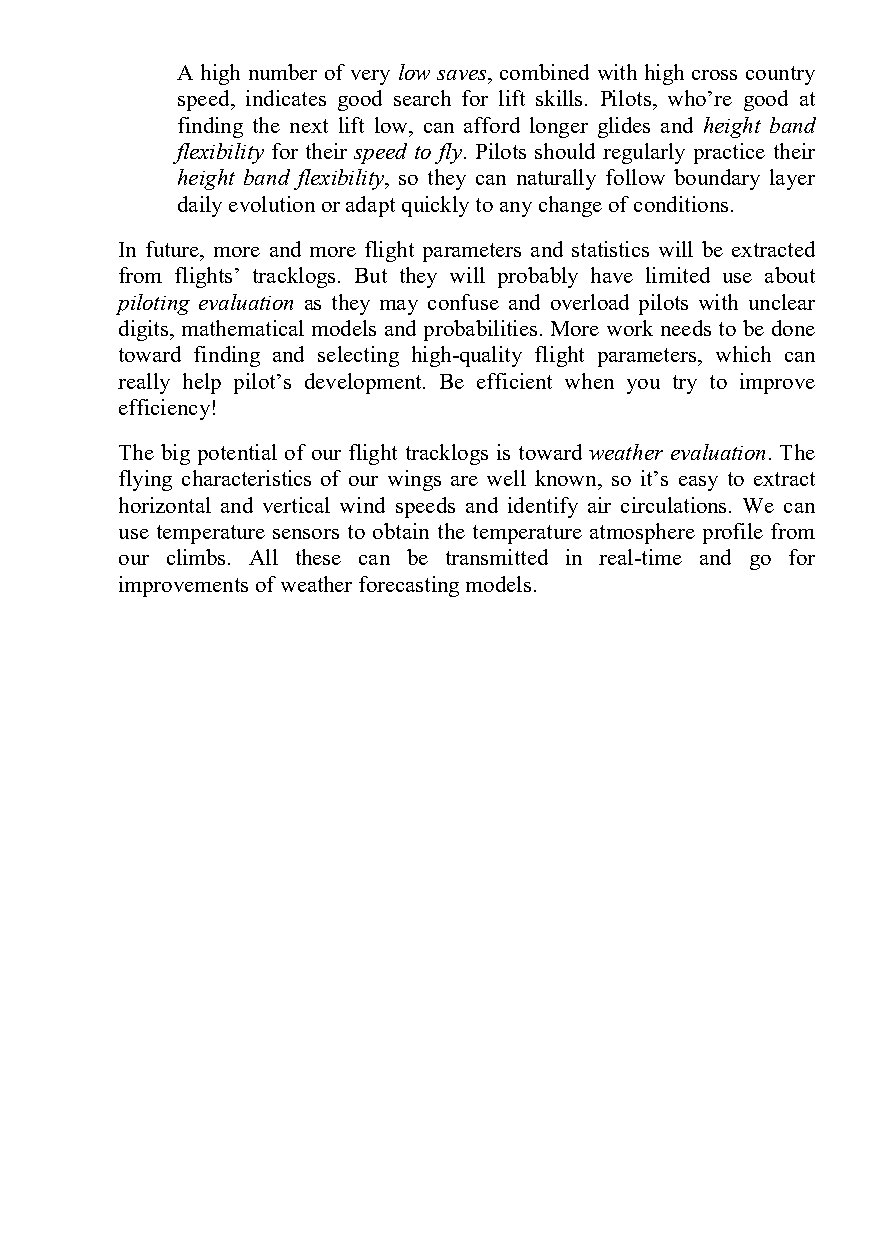
A high number of very low saves, combined with high cross country
 speed, indicates good search for lift skills. Pilots, who’re good at
 finding the next lift low, can afford longer glides and height band
 flexibility for their speed to fly. Pilots should regularly practice their
 height band flexibility, so they can naturally follow boundary layer
 daily evolution or adapt quickly to any change of conditions.
 In future, more and more flight parameters and statistics will be extracted
 from flights’ tracklogs. But they will probably have limited use about
 piloting evaluation as they may confuse and overload pilots with unclear
 digits, mathematical models and probabilities. More work needs to be done
 toward finding and selecting high-quality flight parameters, which can
 really help pilot’s development. Be efficient when you try to improve
 efficiency!
 The big potential of our flight tracklogs is toward weather evaluation. The
 flying characteristics of our wings are well known, so it’s easy to extract
 horizontal and vertical wind speeds and identify air circulations. We can
 use temperature sensors to obtain the temperature atmosphere profile from
 our climbs. All these can be transmitted in real-time and go for
 improvements of weather forecasting models.